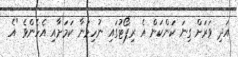
އަދި ވަރަށް ގިނަ ކަންކަން އެ ރިޕޯޓުގައި ނުހިމަނާ ކަމަށާއި އެހެންވެ "އެ